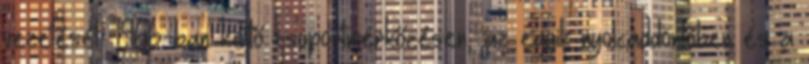
vezetését. 1966-ban kettő csoportmérkőzésen, az egyik nyolcaddöntőben és a